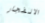
الانفجار